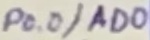
Text: P0.0/AD0